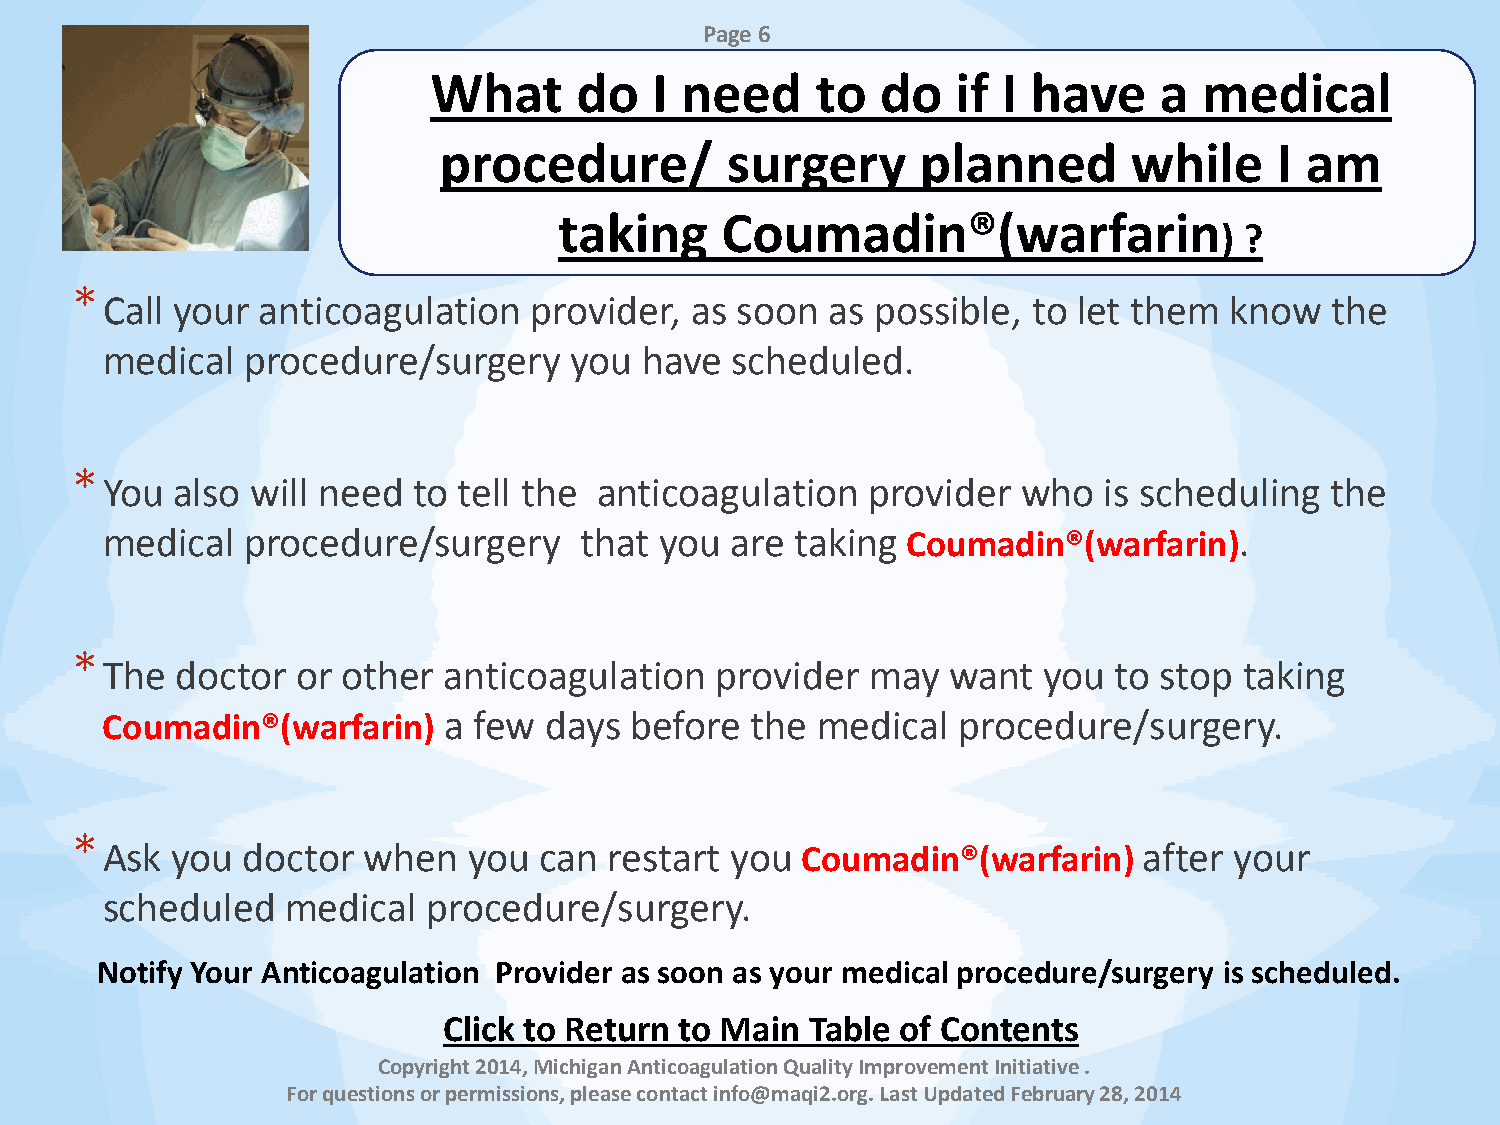
Page 6
 What      do   I need     to  do   if I have     a  medical
 procedure/         surgery      planned       while     I am
 taking     Coumadin®(warfarin
 ) ?
 *
 Call your anticoagulation   provider,  as soon  as possible, to let them  know   the
 medical  procedure/surgery     you have  scheduled.
 *
 You also  will need to tell the anticoagulation    provider  who  is scheduling  the
 medical  procedure/surgery     that  you are  taking Coumadin®(warfarin).
 *
 The  doctor  or other anticoagulation   provider   may  want  you  to stop taking
 Coumadin®(warfarin)   a few  days  before  the medical  procedure/surgery.
 *
 Ask you  doctor  when   you  can restart you  Coumadin®(warfarin)    after your
 scheduled   medical  procedure/surgery.
 N otify Your Anticoagulation Provider as soon as your medical procedure/surgery is scheduled.
 Click to Return to Main  Table of Contents
 Copyright 2014, Michigan Anticoagulation Quality Improvement Initiative .
 For questions or permissions, please contact info@maqi2.org. Last Updated February 28, 2014